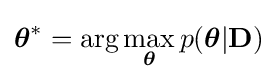
{\boldsymbol {\theta }}^{*}=\arg \max _{\boldsymbol {\theta }}p({\boldsymbol {\theta }}|\mathbf {D} )